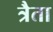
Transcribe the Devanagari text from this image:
त्रैता